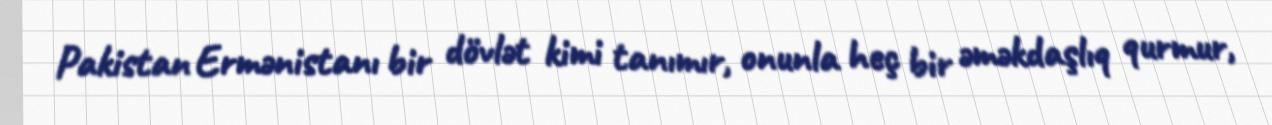
Pakistan Ermənistanı bir dövlət kimi tanımır, onunla heç bir əməkdaşlıq qurmur,